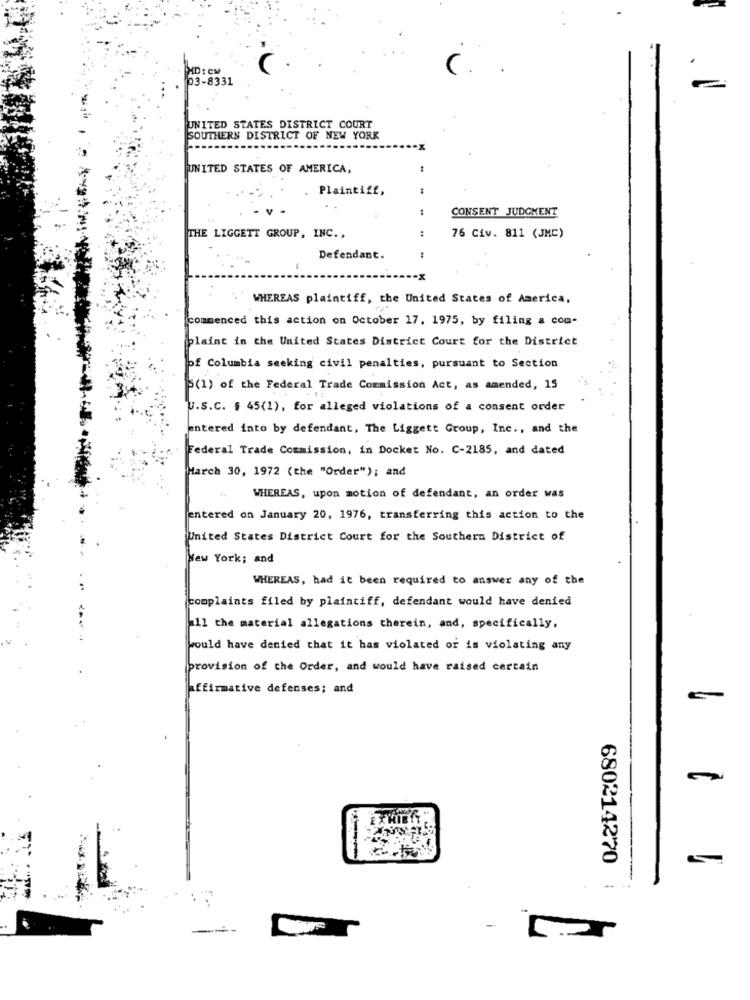
MD : CM
C. .
03-8331
UNITED STATES DISTRICT COURT
SOUTHERN DISTRICT OF NEW YORK
UNITED STATES OF AMERICA,
Plaintiff,
CONSENT JUDGMENT
THE LIGGETT GROUP, INC .,
76 Civ. 811 (JMC)
Defendant.
WHEREAS plaintiff, the United States of America,
commenced this action on October 17, 1975, by filing a com-
plaint in the United States District Court for the District
of Columbia seeking civil penalties, pursuant to Section
5(1) of the Federal Trade Commission Act, as amended, 15
U.S.C. $ 45(1), for alleged violations of a consent order
entered into by defendant, The Liggett Group, Inc ., and the
Federal Trade Commission, in Docket No. C-2185, and dated
March 30, 1972 (the "Order"); and
WHEREAS, upon motion of defendant, an order was
entered on January 20, 1976, transferring this action to the
United States District Court for the Southern District of
New York; and
WHEREAS, had it been required to answer any of the
complaints filed by plaintiff, defendant would have denied
11 the material allegations therein, and, specifically,
would have denied that it has violated or is violating any
provision of the Order, and would have raised certain
rmative defenses; and
EXHIBI
680214270
-